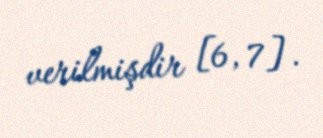
verilmişdir [6, 7].